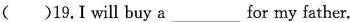
( )19.I will buy a___for my father.